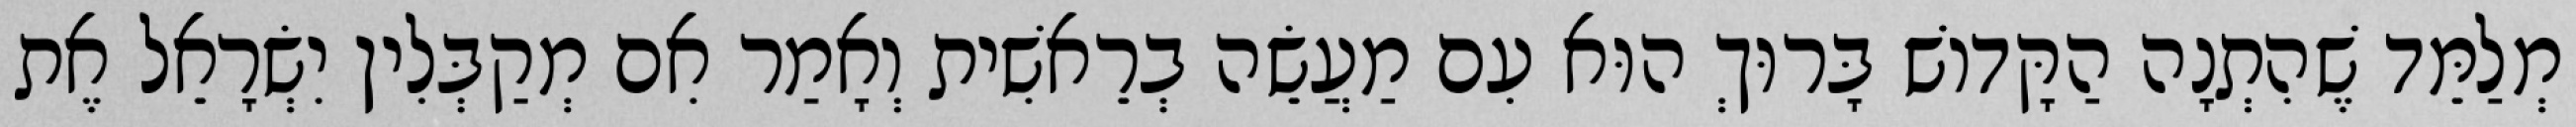
מְלַמֵּד שֶׁהִתְנָה הַקָּדוֹשׁ בָּרוּךְ הוּא עִם מַעֲשֵׂה בְרֵאשִׁית וְאָמַר אִם מְקַבְּלִין יִשְׂרָאֵל אֶת